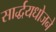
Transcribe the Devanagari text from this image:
सार्द्धयधोजने